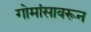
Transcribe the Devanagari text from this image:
गोमांसावरून